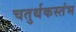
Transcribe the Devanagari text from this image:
चतुर्थकस्तंभ